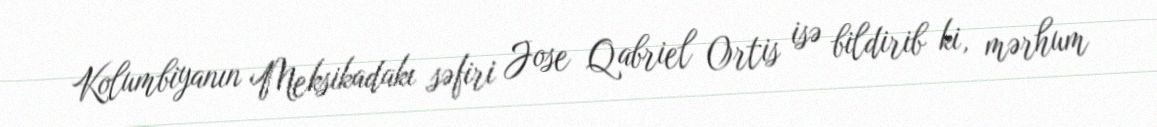
Kolumbiyanın Meksikadakı səfiri Jose Qabriel Ortis isə bildirib ki, mərhum